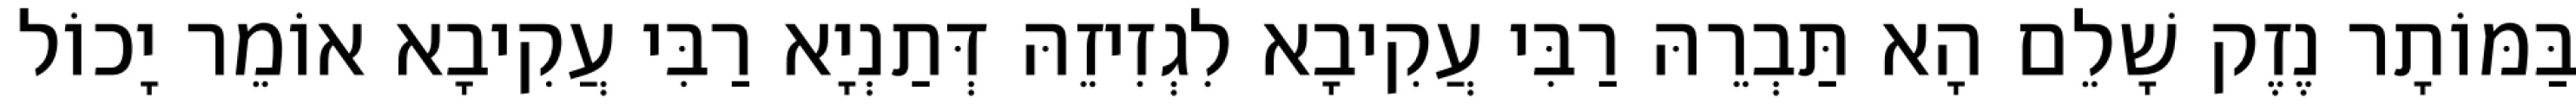
בַּמּוֹתָר נֶזֶק שָׁלֵם הָא תַּבְרֵהּ רַבִּי עֲקִיבָא לִגְזִיזֵהּ דְּתַנְיָא רַבִּי עֲקִיבָא אוֹמֵר יָכוֹל